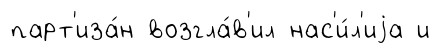
парт'иза́н возгла́в'ил нас'и́л'иjа и